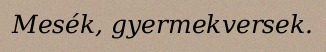
Mesék, gyermekversek.